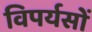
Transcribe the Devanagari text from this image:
विपर्यसों